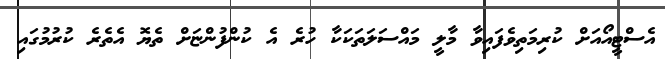
އެސްޓީއޯއަށް ކުރިމަތިވެފައިވާ މާލީ މައްސަލަތަކަކާ ހުރެ އެ ކުންފުންޏަށް ތެޔޮ އެތެރެ ކުރުމުގައި